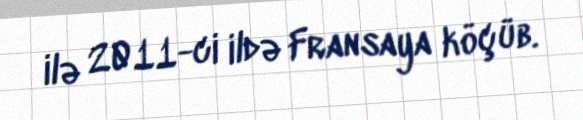
ilə 2011-ci ildə Fransaya köçüb.